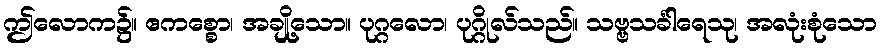
ဤလောက၌။ ဧကစ္စော၊ အချို့သော။ ပုဂ္ဂလော၊ ပုဂ္ဂိုလ်သည်။ သဗ္ဗသင်္ခါရေသု၊ အလုံးစုံသော